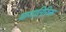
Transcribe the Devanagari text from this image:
यागातिरिक्त